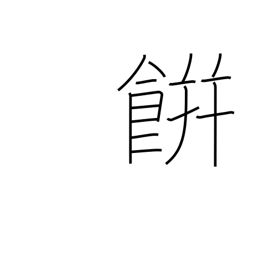
Meaning: rice cake